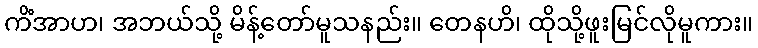
ကိံအာဟ၊ အဘယ်သို့ မိန့်တော်မူသနည်း။ တေနဟိ၊ ထိုသို့ဖူးမြင်လိုမူကား။